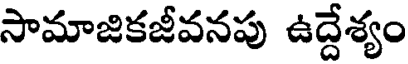
సామాజికజీవనపు ఉద్దేశ్యం